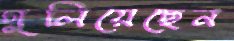
গুলিয়েছেন